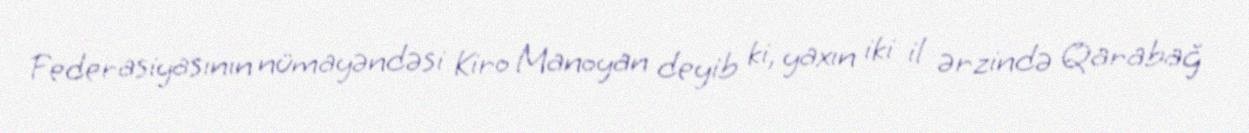
Federasiyasının nümayəndəsi Kiro Manoyan deyib ki, yaxın iki il ərzində Qarabağ